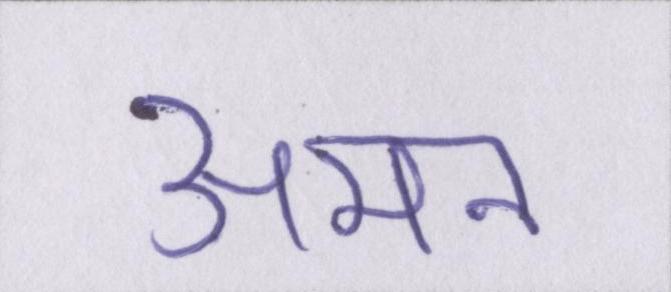
अमन